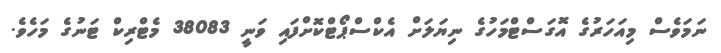
ނަމަވެސް މިއަހަރުގެ އޮގަސްޓްމަހުގެ ނިޔަލަށް އެކްސްޕޯޓްކޮށްފައި ވަނީ 38083 މެޓްރިކް ޓަނުގެ މަހެވެ.